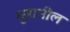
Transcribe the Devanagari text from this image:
गुहानील